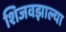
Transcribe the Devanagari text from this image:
शिजवझाल्या